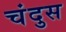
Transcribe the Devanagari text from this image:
चंदुस